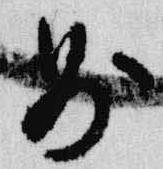
則